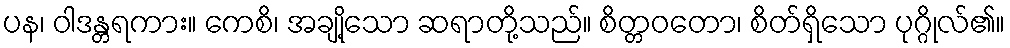
ပန၊ ဝါဒန္တရကား။ ကေစိ၊ အချို့သော ဆရာတို့သည်။ စိတ္တဝတော၊ စိတ်ရှိသော ပုဂ္ဂိုလ်၏။